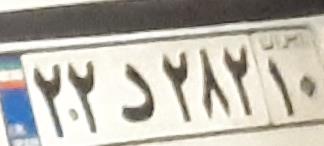
۲۲د۲۸۲۱۰